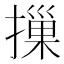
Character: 摷